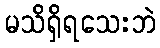
မသိရှိရသေးဘဲ